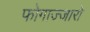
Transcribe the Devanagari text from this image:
फोगाज्जारो